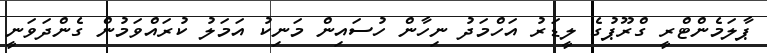
ޕާލަމެންޓްރީ ގްރޫޕުގެ ލީޑަރު އަހްމަދު ނިހާން ހުސައިން މަނިކު އަމަލު ކުރައްވަމުން ގެންދަވަނީ